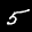
Label: 5